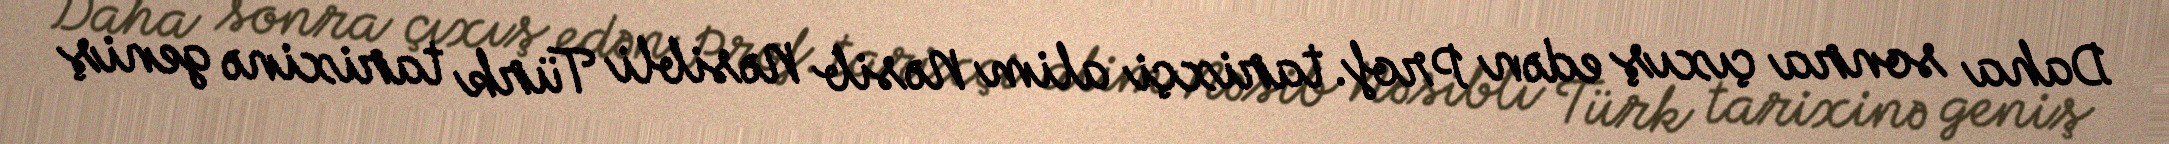
Daha sonra çıxış edən Prof. tarixçi alim Nəsib Nəsibli Türk tarixinə geniş